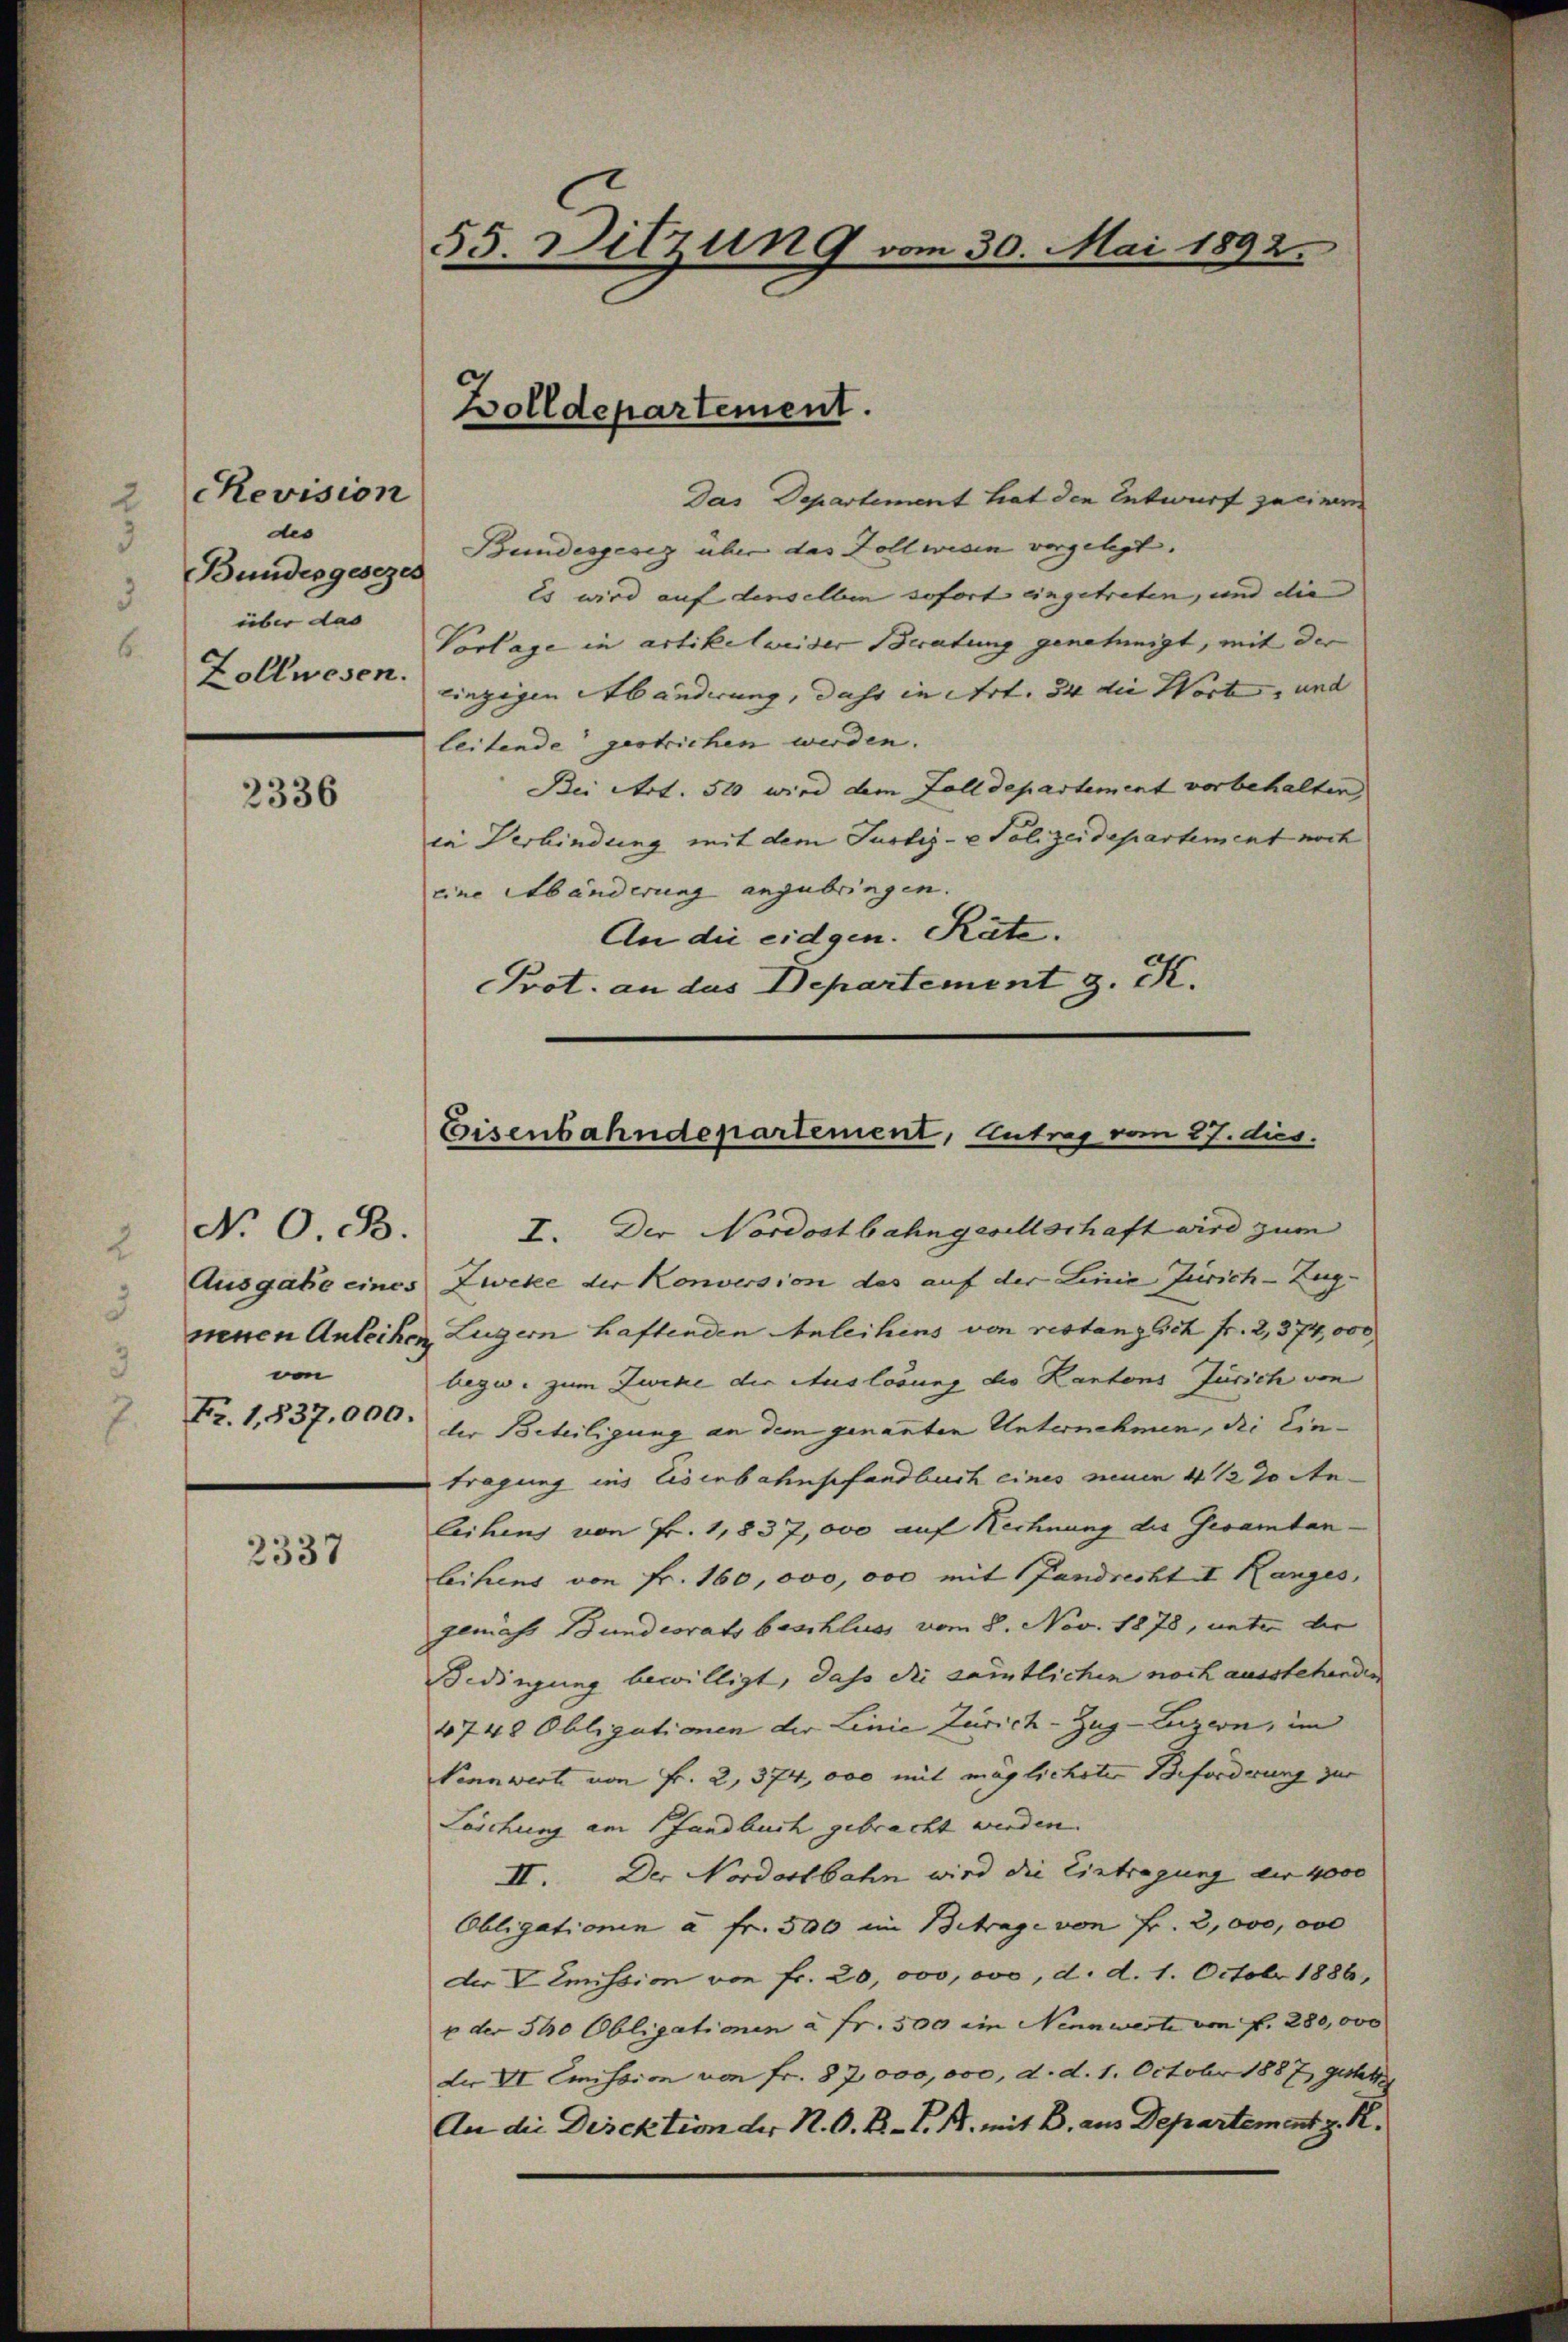
RRevision
des
Bundesgesezes
über das
Zollwesen.

2336

N. O. B.
von
Fr. 1,837,000.

2337

55. Ditzung vom 30. Mai 1892.

Bolldepartement.

Das Departement hat den Entwurf zu einem
Bundesgesez über das Dollwesen vergelegt.
Es wird auf denselben sofort eingetreten, und die |
Vorlage in artikelweider Beratung genehmigt, mit der
einzigen Abänderung, daher in Art. 34 die Wort, und |
leitende gestrichen werden.
Bei Art. 510 wird dem Falldepartement vorbehalten,
ca Verbindung mit dem Justiz- & Polizeidepartement noch
eine Abänderung anzubringen.
An die eidgen. Räte.
Prot. an das Departement J. K.

Eisenbahndepartement, Antrag vom 27. dies

I. Der Nordostbahngesellschaft wird zum
Ausgabe eines Zweke der Konversion des auf der Linie Zürich-Zugneuen Anleihen, Luzern haftenden Anleihens von restanzlich fr. 2, 374,000
bezw. zum Zwecke die Auslösung des Kantons Zürich von
der Beteiligung an dem genannten Unternehmen, die Eintragung ins Eisenbahnpfandbuch eines neuen 4 1/2 % Anleihens von Fr. 1,837,000 auf Rechnung des Gesamtan-
leihens von Fr. 160,000, 000 mit fandrecht I. Ranges,
geniess Bundesrats beschluss vom 8. Nov. 1878, unter die
Bedingung bewilligt, daß die sämtlichen noch ausstehenden
4748 Obligationen der Linie Zürich–Zug–Luzern, im
Vennwert von Fr. 2, 374, 000 mit möglichster Beforderung zur
Löschung am fandbuch gebracht werden.
II. Der Nordostbahn wird die Eintragung der 4000
Obligationin à Fr. 500 im Betrage von Fr. 2,000, vo
der V Emission von Fr. 20,000, ovo, d. d. 1. Octobr 1886,
x der 540 Obligationen à Fr. 500 ein Nennwerte von f. 280,000
der VI Emission von Fr. 82,000,000, d. d. 1. Octobr 1887 gestet
An die Direktion der N. O. R. V. B. mit B. aus Departement z. R.